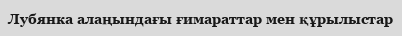
Лубянка алаңындағы ғимараттар мен құрылыстар